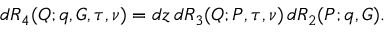
d { \cal R } _ { 4 } ( Q ; q , G , \tau , \nu ) = d z \, d { \cal R } _ { 3 } ( Q ; P , \tau , \nu ) \, d { \cal R } _ { 2 } ( P ; q , G ) .